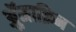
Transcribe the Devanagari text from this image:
ॲुमाक्रिन